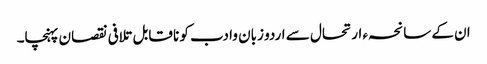
ان کے سانحہء ارتحال سے اردو زبان وا دب کو نا قابل تلافی نقصان پہنچا۔